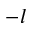
- l